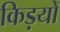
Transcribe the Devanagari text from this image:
किड़यों